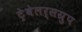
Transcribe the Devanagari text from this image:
ट्रेवेलर्सग्रुप